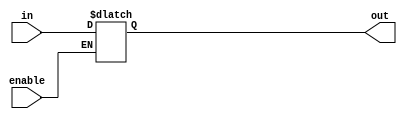
module latch_d_gated_1b (in, out, enable);

  input in;
  input enable;

  output reg out;

  always @(in or enable) begin
    if (enable)
      out <= in;
  end
  
endmodule